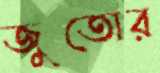
জুতোর